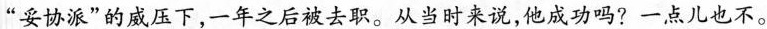
”妥协派”的威压下，一年之后被去职。从当时来说，他成功吗?一点儿也不。